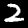
Digit: 2